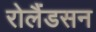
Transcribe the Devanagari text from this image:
रोलैंडसन